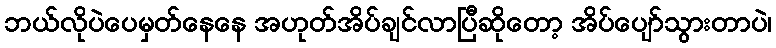
ဘယ်လိုပဲပေမှတ်နေနေ အဟုတ်အိပ်ချင်လာပြီဆိုတော့ အိပ်ပျော်သွားတာပဲ၊